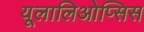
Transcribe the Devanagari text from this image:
यूलालिओप्सिस